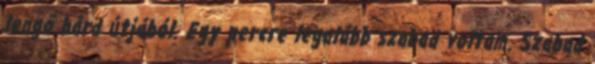
lengő bárd útjából. Egy percre legalább szabad voltam. Szabad